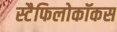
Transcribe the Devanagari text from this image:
स्टैफिलोकॉकस